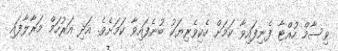
ވިސާމް ހުއްޓާ ފެނިފައިވާ ކަމަށް ހެކިވެރިޔަކު ބުނެފައިވާ ކަމަށެވެެ. އަދި އަރުހަމް މަރާލާފައި